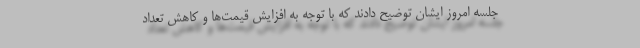
جلسه امروز ایشان توضیح دادند که با توجه به افزایش قیمت‌ها و کاهش تعداد